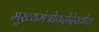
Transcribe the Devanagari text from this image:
मुख्यमंत्रीपदीदेखील